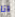
انا